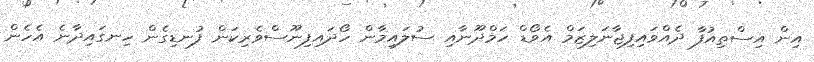
އިން އިސްތިއުފާ ދެއްވައިފިޖާނަލިޒަމް އެވޯޑް ހަމްދޫނާއި ސުލައިމާން ހޯދައިފިނޫސްވެރިކަން ފުނޑިގެން ހިނގައިދާނެ އެހެން